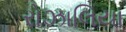
રોઝાલિયા